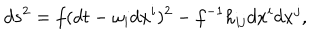
d s ^ { 2 } = f ( d t - \omega _ { i } d x ^ { i } ) ^ { 2 } - f ^ { - 1 } h _ { i j } d x ^ { i } d x ^ { j } ,